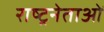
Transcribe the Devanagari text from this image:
राष्ट्रनेताओं